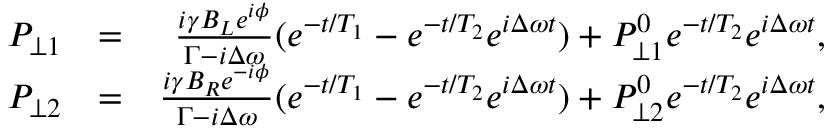
\begin{array} { r l r } { P _ { \perp 1 } } & { = } & { \frac { i \gamma B _ { L } e ^ { i \phi } } { \Gamma - i \Delta \omega } ( e ^ { - t / T _ { 1 } } - e ^ { - t / T _ { 2 } } e ^ { i \Delta \omega t } ) + P _ { \perp 1 } ^ { 0 } e ^ { - t / T _ { 2 } } e ^ { i \Delta \omega t } , } \\ { P _ { \perp 2 } } & { = } & { \frac { i \gamma B _ { R } e ^ { - i \phi } } { \Gamma - i \Delta \omega } ( e ^ { - t / T _ { 1 } } - e ^ { - t / T _ { 2 } } e ^ { i \Delta \omega t } ) + P _ { \perp 2 } ^ { 0 } e ^ { - t / T _ { 2 } } e ^ { i \Delta \omega t } , } \end{array}